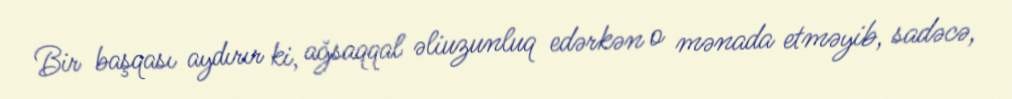
Bir başqası aydırır ki, ağsaqqal əliuzunluq edərkən o mənada etməyib, sadəcə,